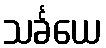
သင်္ခယေ